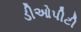
ડીઓપીટી